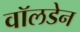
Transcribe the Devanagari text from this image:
वॉलडेन